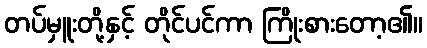
တပ်မှူးတို့နှင့် တိုင်ပင်ကာ ကြိုးစားတော့၏။